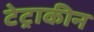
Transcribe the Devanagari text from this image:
टेट्राकीन